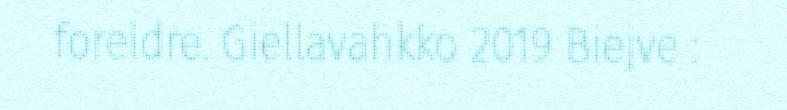
foreldre. Giellavahkko 2019 Biejve :